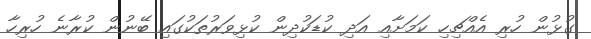
ގުޅުން ހުރި އެއްޗިހި ކަމަށާއި އަދި ކުޑަކުދިން ކުޅިވަރުތަކުގައި ބޭނުން ކުރާނެ ހުރިހާ